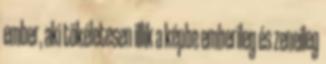
ember, aki tökéletesen illik a képbe emberileg és zeneileg